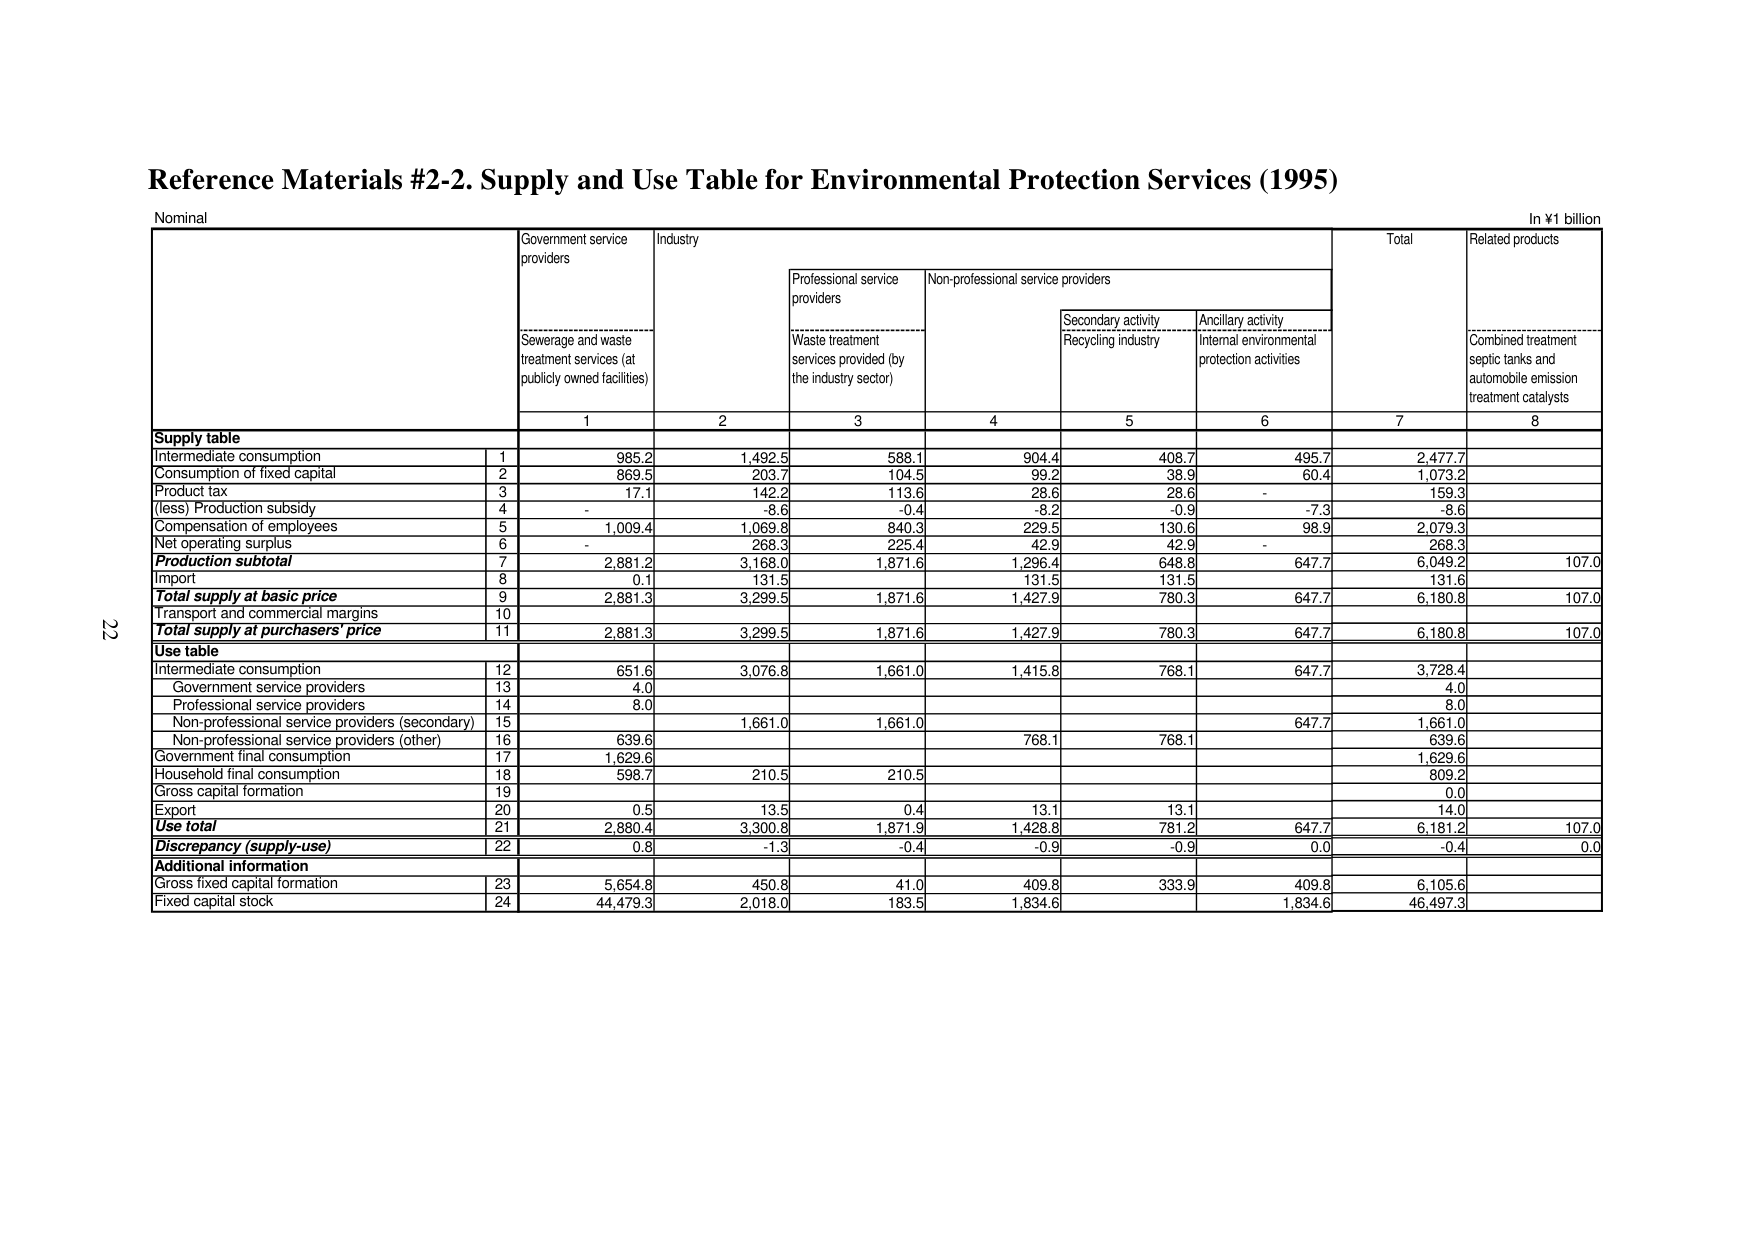
Reference Materials #2-2. Supply and Use Table for Environmental Protection Services (1995)

Nominal

In ¥1 billion

Government service providers
Industry
Total
Related products

Sewerage and waste treatment services (at publicly owned facilities)
Professional service providers
Non-professional service providers
Secondary activity Recycling industry
Ancillary activity Internal environmental protection activities
Combined treatment septic tanks and automobile emission treatment catalysts

1
2
3
4
5
6
7
8

Supply table
Intermediate consumption
1
985.2
1,492.5
588.1
904.4
408.7
495.7
2,477.7
Consumption of fixed capital
2
869.5
203.7
104.5
99.2
38.9
60.4
1,073.2
Product tax
3
17.1
142.2
113.6
28.6
28.6
-
159.3
(less) Production subsidy
4
-
-8.6
-0.4
-8.2
-0.9
-7.3
-8.6
Compensation of employees
5
1,009.4
1,069.8
840.3
229.5
130.6
98.9
2,079.3
Net operating surplus
6
-
268.3
225.4
42.9
42.9
-
268.3
Production subtotal
7
2,881.2
3,168.0
1,871.6
1,296.4
648.8
647.7
6,049.2
107.0
Import
8
0.1
131.5
131.5
131.5
131.6
Total supply at basic price
9
2,881.3
3,299.5
1,871.6
1,427.9
780.3
647.7
6,180.8
107.0
Transport and commercial margins
10
Total supply at purchasers' price
11
2,881.3
3,299.5
1,871.6
1,427.9
780.3
647.7
6,180.8
107.0

Use table
Intermediate consumption
12
651.6
3,076.8
1,661.0
1,415.8
768.1
647.7
3,728.4
Government service providers
13
4.0
4.0
Professional service providers
14
8.0
8.0
Non-professional service providers (secondary)
15
1,661.0
1,661.0
647.7
1,661.0
Non-professional service providers (other)
16
639.6
768.1
768.1
639.6
Government final consumption
17
1,629.6
1,629.6
Household final consumption
18
598.7
210.5
210.5
809.2
Gross capital formation
19
0.0
Export
20
0.5
13.5
0.4
13.1
13.1
14.0
Use total
21
2,880.4
3,300.8
1,871.9
1,428.8
781.2
647.7
6,181.2
107.0
Discrepancy (supply-use)
22
0.8
-1.3
-0.4
-0.9
-0.9
0.0
-0.4
0.0

Additional information
Gross fixed capital formation
23
5,654.8
450.8
41.0
409.8
333.9
409.8
6,105.6
Fixed capital stock
24
44,479.3
2,018.0
183.5
1,834.6
1,834.6
46,497.3

22